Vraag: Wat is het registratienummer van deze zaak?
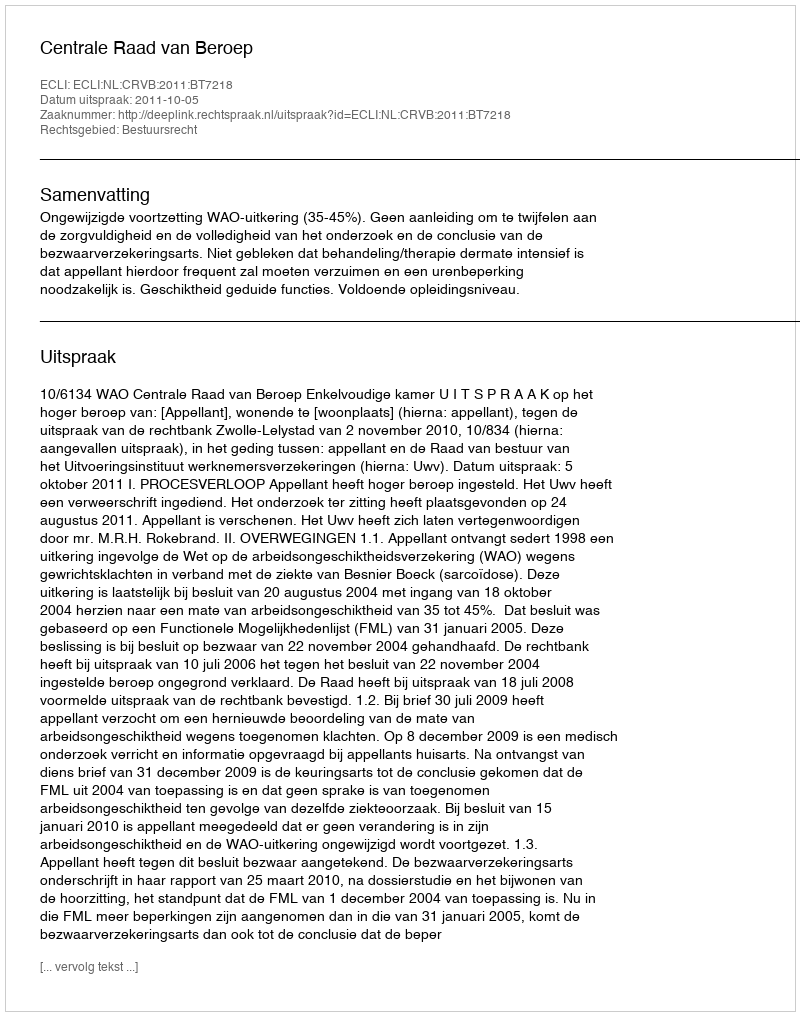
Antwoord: http://deeplink.rechtspraak.nl/uitspraak?id=ECLI:NL:CRVB:2011:BT7218